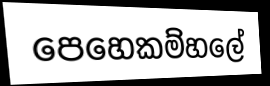
පෙහෙකම්හලේ